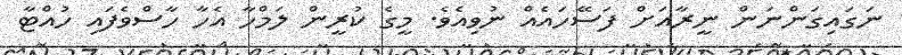
ނަގައިގަންނަން ނީރާއަށް ފަސޭހައެއް ނުވިއެވެ. މީގެ ކުރީން ލަމްހާ އެހާ ހާސްވެފައި ހުއްޓާ